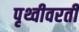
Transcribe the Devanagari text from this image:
पृथ्वीवरती